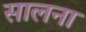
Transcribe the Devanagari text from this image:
सालना